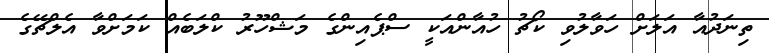
ތިނަދުއާ އަލަށް ހަވާލުވި ކޯޗު ހުއާންއަކީ ސްޕެއިންގެ މަޝްހޫރު ކްލަބެއް ކަމަށްވާ އެލްޗޭގެ